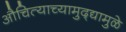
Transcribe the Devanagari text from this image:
औचित्याच्यामुद्द्यामुळे